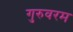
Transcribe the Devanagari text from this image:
गुरुवरम